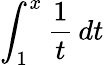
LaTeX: \int_{1}^{x}{\frac{1}{t}}\, dt